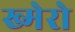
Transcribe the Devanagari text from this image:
ख्मेरो